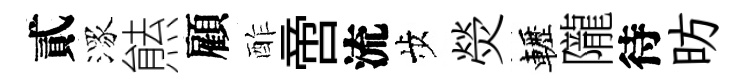
貳潈㷱顧酢啻流歩熒轣隴待昉